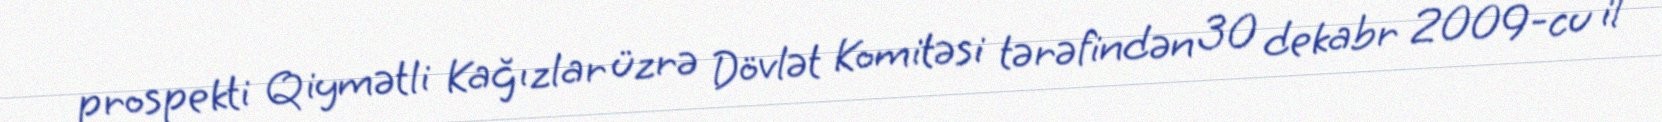
prospekti Qiymətli Kağızlar üzrə Dövlət Komitəsi tərəfindən 30 dekabr 2009-cu il